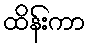
ထိန်းကာ